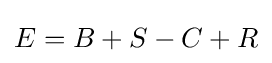
E=B+S-C+R